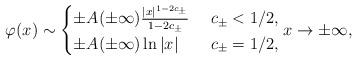
LaTeX: \begin{align*} \varphi(x) \sim \begin{cases}\pm A(\pm\infty) \frac{|x|^{1-2c_\pm}}{1-2c_\pm}& \ c_\pm<1/2,\\\pm A(\pm\infty) \ln|x|& \ c_\pm=1/2,\end{cases} x\to\pm\infty,\end{align*}